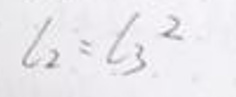
$l_2 = l_3^2$